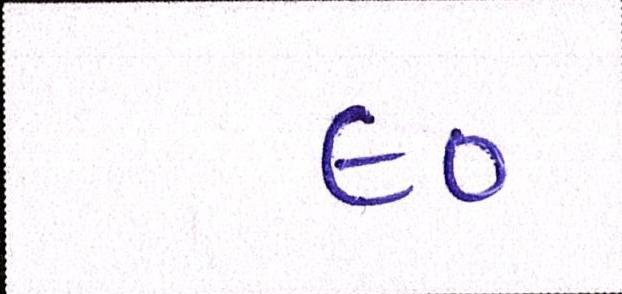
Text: ૯૦